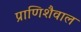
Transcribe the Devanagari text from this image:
प्राणिशैवाल